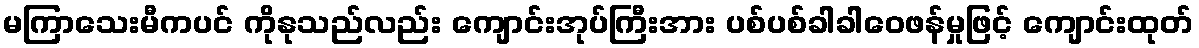
မကြာသေးမီကပင် ကိုနုသည်လည်း ကျောင်းအုပ်ကြီးအား ပစ်ပစ်ခါခါဝေဖန်မှုဖြင့် ကျောင်းထုတ်